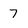
Character: 7